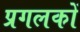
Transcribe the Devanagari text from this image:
प्रगलकों